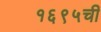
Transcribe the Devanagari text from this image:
१६९५ची